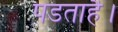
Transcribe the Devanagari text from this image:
पडताहै।